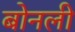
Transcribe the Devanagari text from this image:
बोनली